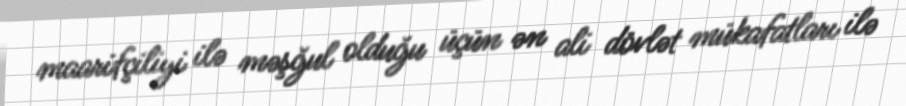
maarifçiliyi ilə məşğul olduğu üçün ən ali dövlət mükafatları ilə